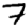
Digit: 7